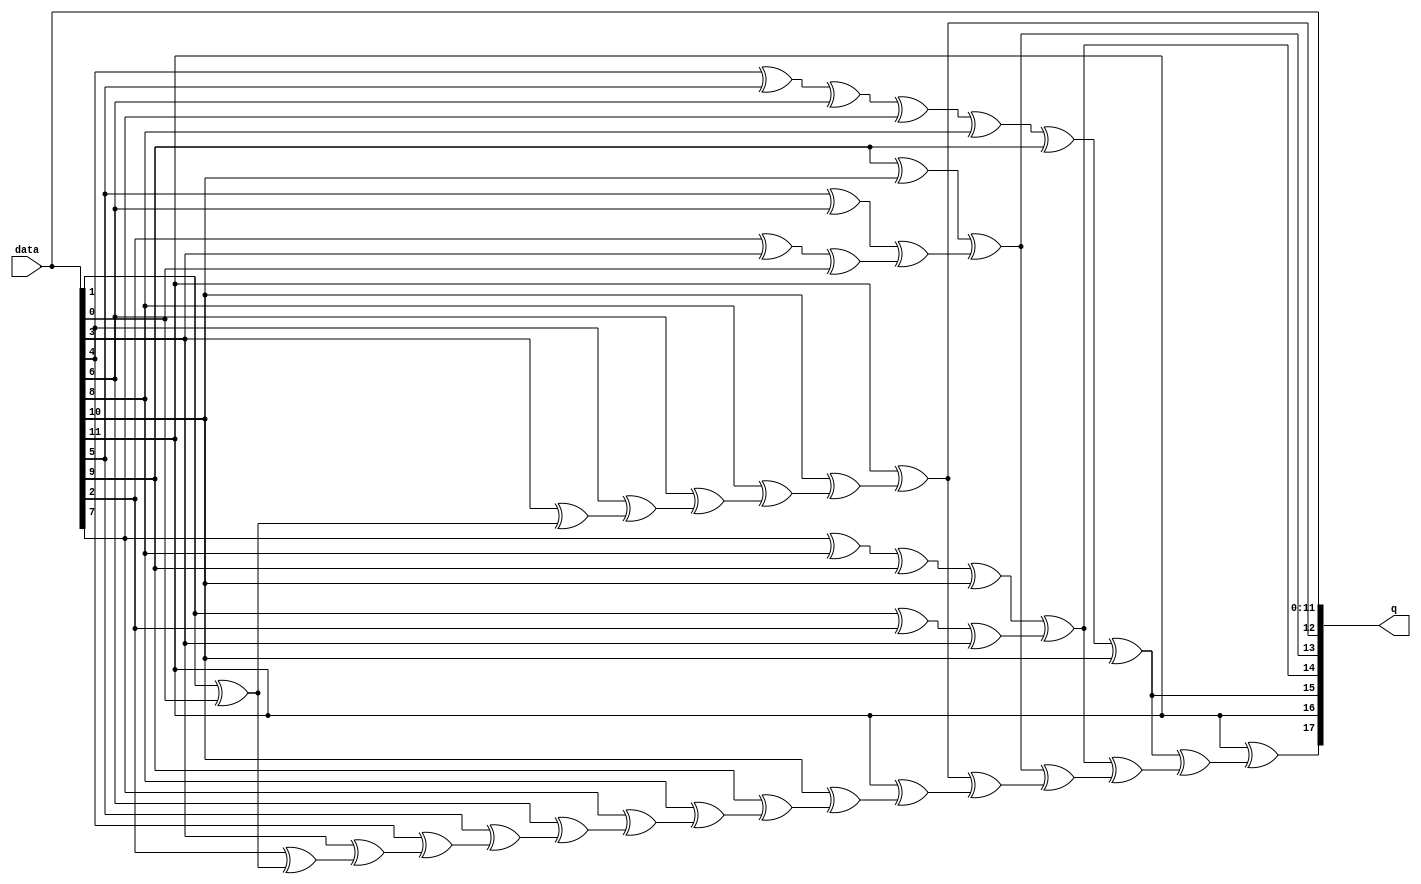
// megafunction wizard: %ALTECC%
// GENERATION: STANDARD
// VERSION: WM1.0
// MODULE: altecc_encoder 

// ============================================================
// Megafunction Name(s):
// 			altecc_encoder
//
// Simulation Library Files(s):
// 			
// ============================================================
// ************************************************************
// THIS IS A WIZARD-GENERATED FILE. DO NOT EDIT THIS FILE!
//
// 19.1.0 Build 670 09/22/2019 SJ Lite Edition
// ************************************************************


//Copyright (C) 2019  Intel Corporation. All rights reserved.
//Your use of Intel Corporation's design tools, logic functions 
//and other software and tools, and any partner logic 
//functions, and any output files from any of the foregoing 
//(including device programming or simulation files), and any 
//associated documentation or information are expressly subject 
//to the terms and conditions of the Intel Program License 
//Subscription Agreement, the Intel Quartus Prime License Agreement,
//the Intel FPGA IP License Agreement, or other applicable license
//agreement, including, without limitation, that your use is for
//the sole purpose of programming logic devices manufactured by
//Intel and sold by Intel or its authorized distributors.  Please
//refer to the applicable agreement for further details, at
//https://fpgasoftware.intel.com/eula.


//altecc_encoder CBX_AUTO_BLACKBOX="ALL" device_family="Cyclone V" lpm_pipeline=0 width_codeword=18 width_dataword=12 data q
//VERSION_BEGIN 19.1 cbx_altecc_encoder 2019:09:22:11:00:28:SJ cbx_mgl 2019:09:22:11:02:15:SJ  VERSION_END
// synthesis VERILOG_INPUT_VERSION VERILOG_2001
// altera message_off 10463


//synthesis_resources = 
//synopsys translate_off
`timescale 1 ps / 1 ps
//synopsys translate_on
module  hamming_altecc_encoder_r7b
	( 
	data,
	q) ;
	input   [11:0]  data;
	output   [17:0]  q;

	wire  [11:0]  data_wire;
	wire  [7:0]  parity_01_wire;
	wire  [3:0]  parity_02_wire;
	wire  [1:0]  parity_03_wire;
	wire  [0:0]  parity_04_wire;
	wire  [0:0]  parity_05_wire;
	wire  [16:0]  parity_final_wire;
	wire  [17:0]  q_wire;

	assign
		data_wire = data,
		parity_01_wire = {(data_wire[11] ^ parity_01_wire[6]), (data_wire[10] ^ parity_01_wire[5]), (data_wire[8] ^ parity_01_wire[4]), (data_wire[6] ^ parity_01_wire[3]), (data_wire[4] ^ parity_01_wire[2]), (data_wire[3] ^ parity_01_wire[1]), (data_wire[1] ^ parity_01_wire[0]), data_wire[0]},
		parity_02_wire = {((data_wire[9] ^ data_wire[10]) ^ parity_02_wire[2]), ((data_wire[5] ^ data_wire[6]) ^ parity_02_wire[1]), ((data_wire[2] ^ data_wire[3]) ^ parity_02_wire[0]), data_wire[0]},
		parity_03_wire = {((((data_wire[7] ^ data_wire[8]) ^ data_wire[9]) ^ data_wire[10]) ^ parity_03_wire[0]), ((data_wire[1] ^ data_wire[2]) ^ data_wire[3])},
		parity_04_wire = {((((((data_wire[4] ^ data_wire[5]) ^ data_wire[6]) ^ data_wire[7]) ^ data_wire[8]) ^ data_wire[9]) ^ data_wire[10])},
		parity_05_wire = {data_wire[11]},
		parity_final_wire = {(q_wire[16] ^ parity_final_wire[15]), (q_wire[15] ^ parity_final_wire[14]), (q_wire[14] ^ parity_final_wire[13]), (q_wire[13] ^ parity_final_wire[12]), (q_wire[12] ^ parity_final_wire[11]), (q_wire[11] ^ parity_final_wire[10]), (q_wire[10] ^ parity_final_wire[9]), (q_wire[9] ^ parity_final_wire[8]), (q_wire[8] ^ parity_final_wire[7]), (q_wire[7] ^ parity_final_wire[6]), (q_wire[6] ^ parity_final_wire[5]), (q_wire[5] ^ parity_final_wire[4]), (q_wire[4] ^ parity_final_wire[3]), (q_wire[3] ^ parity_final_wire[2]), (q_wire[2] ^ parity_final_wire[1]), (q_wire[1] ^ parity_final_wire[0]), q_wire[0]},
		q = q_wire,
		q_wire = {parity_final_wire[16], parity_05_wire[0], parity_04_wire[0], parity_03_wire[1], parity_02_wire[3], parity_01_wire[7], data_wire};
endmodule //hamming_altecc_encoder_r7b
//VALID FILE


// synopsys translate_off
`timescale 1 ps / 1 ps
// synopsys translate_on
module hamming_encoder (
	data,
	q);

	input	[11:0]  data;
	output	[17:0]  q;

	wire [17:0] sub_wire0;
	wire [17:0] q = sub_wire0[17:0];

	hamming_altecc_encoder_r7b	hamming_altecc_encoder_r7b_component (
				.data (data),
				.q (sub_wire0));

endmodule

// ============================================================
// CNX file retrieval info
// ============================================================
// Retrieval info: PRIVATE: INTENDED_DEVICE_FAMILY STRING "Cyclone V"
// Retrieval info: PRIVATE: SYNTH_WRAPPER_GEN_POSTFIX STRING "0"
// Retrieval info: LIBRARY: altera_mf altera_mf.altera_mf_components.all
// Retrieval info: CONSTANT: INTENDED_DEVICE_FAMILY STRING "Cyclone V"
// Retrieval info: CONSTANT: lpm_pipeline NUMERIC "0"
// Retrieval info: CONSTANT: width_codeword NUMERIC "18"
// Retrieval info: CONSTANT: width_dataword NUMERIC "12"
// Retrieval info: USED_PORT: data 0 0 12 0 INPUT NODEFVAL "data[11..0]"
// Retrieval info: USED_PORT: q 0 0 18 0 OUTPUT NODEFVAL "q[17..0]"
// Retrieval info: CONNECT: @data 0 0 12 0 data 0 0 12 0
// Retrieval info: CONNECT: q 0 0 18 0 @q 0 0 18 0
// Retrieval info: GEN_FILE: TYPE_NORMAL hamming.v TRUE
// Retrieval info: GEN_FILE: TYPE_NORMAL hamming.inc FALSE
// Retrieval info: GEN_FILE: TYPE_NORMAL hamming.cmp FALSE
// Retrieval info: GEN_FILE: TYPE_NORMAL hamming.bsf FALSE
// Retrieval info: GEN_FILE: TYPE_NORMAL hamming_inst.v FALSE
// Retrieval info: GEN_FILE: TYPE_NORMAL hamming_bb.v TRUE